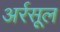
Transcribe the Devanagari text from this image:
अर्रसूल